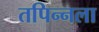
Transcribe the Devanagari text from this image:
तपिन्नला